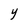
Character: y